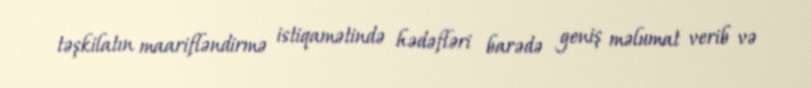
təşkilatın maarifləndirmə istiqamətində hədəfləri barədə geniş məlumat verib və